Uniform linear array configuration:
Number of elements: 24
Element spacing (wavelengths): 0.5
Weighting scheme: cosine
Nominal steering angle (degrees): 45
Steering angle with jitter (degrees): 45.574
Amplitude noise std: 0.05
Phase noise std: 0.05

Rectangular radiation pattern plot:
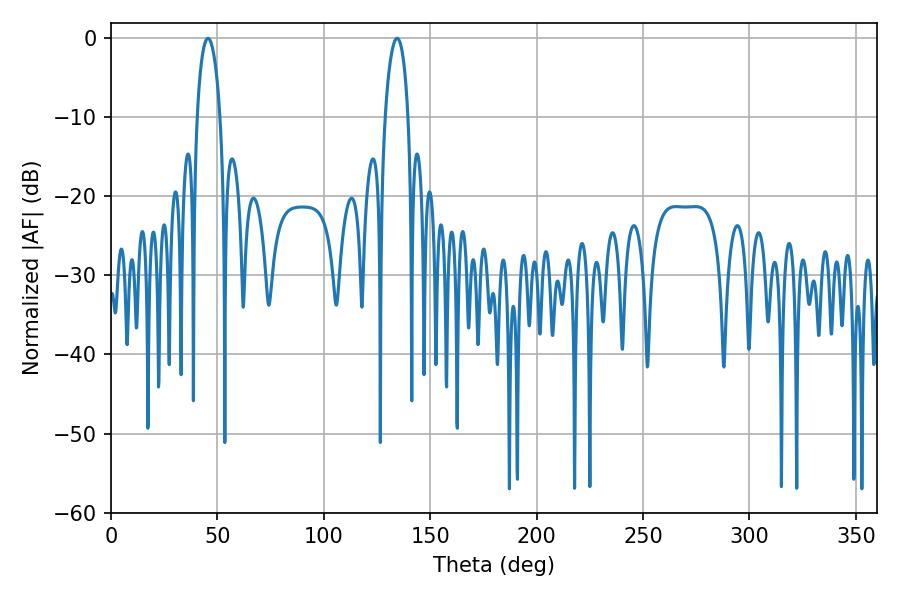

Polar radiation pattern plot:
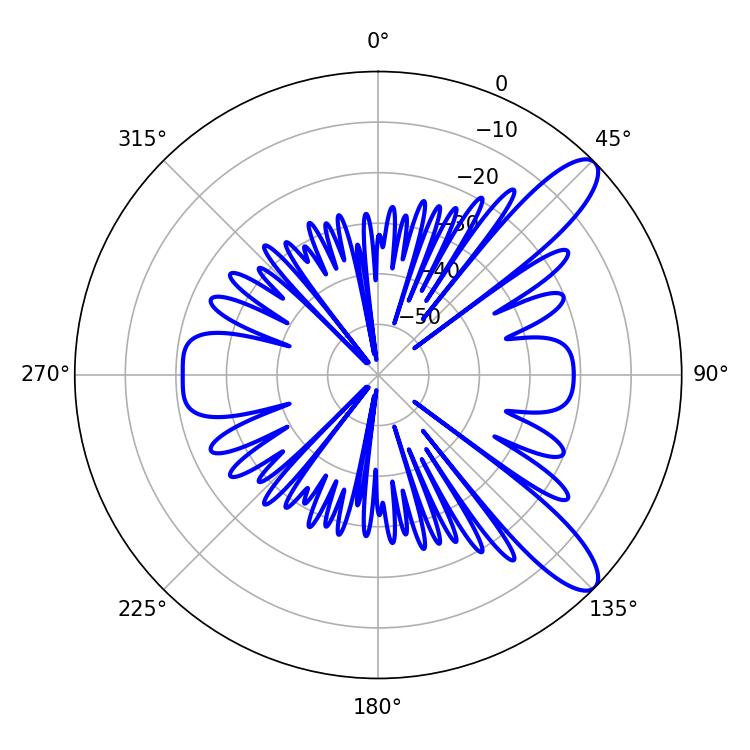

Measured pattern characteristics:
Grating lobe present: FALSE
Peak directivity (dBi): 10.755
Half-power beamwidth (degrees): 6.12
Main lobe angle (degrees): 45.54